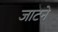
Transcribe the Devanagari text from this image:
जाटने